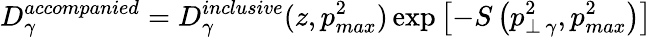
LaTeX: D_{\gamma}^{accompanied}=D_{\gamma}^{inclusive}(z,p_{max}^{2})\exp{\left[-S\left(p_{\perp\, \gamma}^{2},p_{max}^{2}\right)\right]}